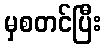
မှစတင်ပြီး